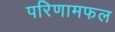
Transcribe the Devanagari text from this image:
परिणामफल